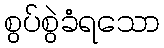
စွပ်စွဲခံရသော